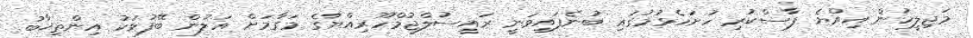
މަޖިލީހުން އިއްޔެ ފާސްކުރި ހުށަހެޅުމުގައި ބުނެފައިވަނީ ރައީސުލްޖުމްހޫރިއްޔާގެ މަގާމަށް އަލުން ބޭފުޅަކު އިންތިޚާބު